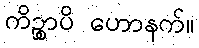
ကိဉ္စာပိ ဟောနက်။